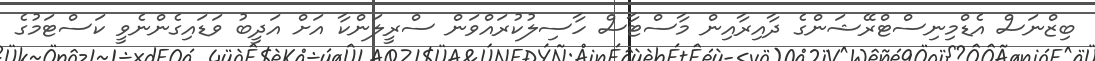
ބިޒްނަސް އެޑްމިނިސްޓްރޭޝަންގެ ދާއިރާއިން މާސްޓާސް ހާސިލުކުރައްވަން ސްރީލަންކާ އަށް އަދީބު ވަޑައިގެންނެވީ ކަސްޓަމުގެ